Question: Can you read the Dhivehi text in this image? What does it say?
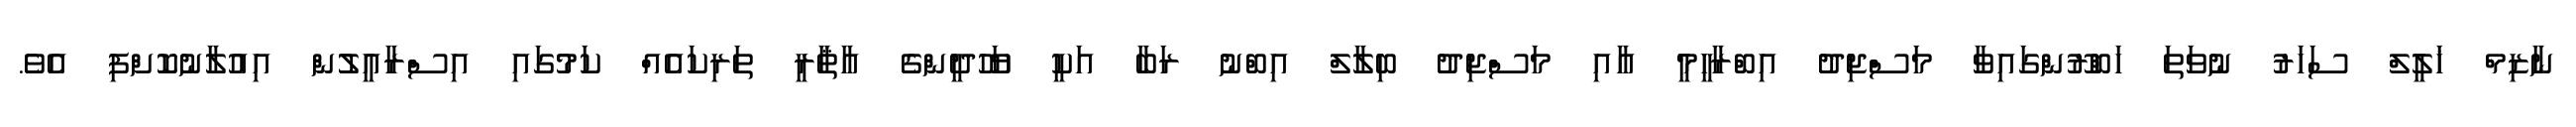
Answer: ނާޒިމް ޚަލީލް ސަހަރު ނުވަތަ ހަބްރޫންގައިވާ މަސްޖިދު އިބްރާހީމީ އާއި މަސްޖިދު ބިލާލް އިބްނު ރަބާ އަކީ ޔަހޫދީންގެ އާޘާރީ ތަރިކައެއް ކަމުގައި އިސްރާއީލުން އިއުލާނުކޮށްފި އެވެ.